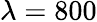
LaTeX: \lambda=800